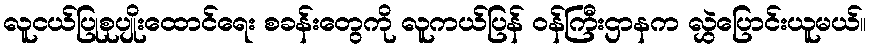
လူငယ်ပြုစုပျိုးထောင်ရေး စခန်းတွေကို လူကယ်ပြန် ဝန်ကြီးဌာနက လွှဲပြောင်းယူမယ်။